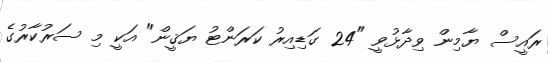
ރައީސް ޔާމިން ވިދާޅުވީ "24 ގަޑިއިރު ކަރަންޓު ޔަޤީން" އަކީ މި ސަރުކާރުގެ